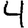
Digit: 4